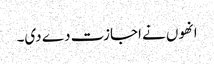
انھوں نے اجازت دے دی۔